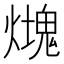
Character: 𤐡